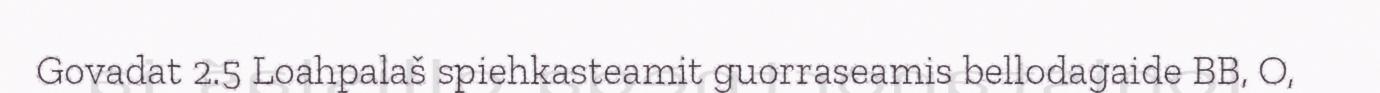
Govadat 2.5 Loahpalaš spiehkasteamit guorraseamis bellodagaide BB, O,